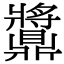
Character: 䵼